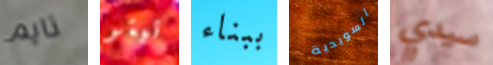
تايم تيتو ببناء السويدية سيدي